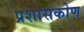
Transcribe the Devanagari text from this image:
प्रशासकोण